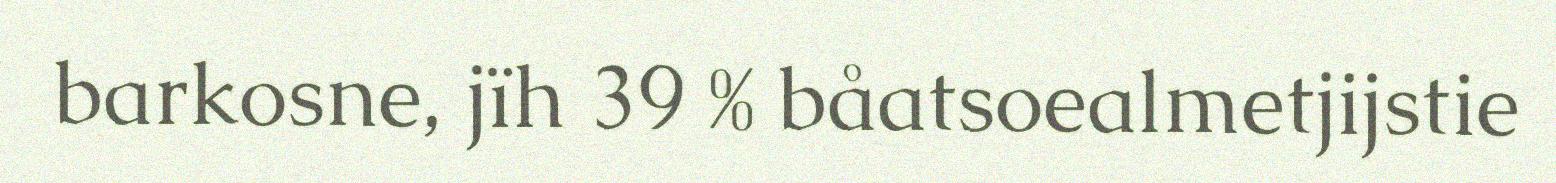
barkosne, jïh 39 % båatsoealmetjijstie